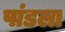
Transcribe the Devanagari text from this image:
पांडला